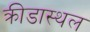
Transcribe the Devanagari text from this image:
क्रीडास्थल